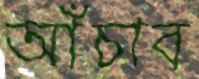
আঁচাব